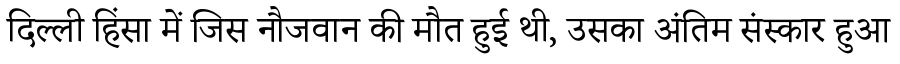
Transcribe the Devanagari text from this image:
दिल्ली हिंसा में जिस नौजवान की मौत हुई थी, उसका अंतिम संस्कार हुआ